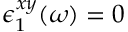
\epsilon _ { 1 } ^ { x y } ( \omega ) = 0